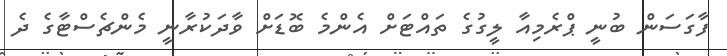
ފާގަސަން ބުނީ ޕްރެމިއާ ލީގުގެ ތައްޓަށް އެންމެ ބޮޑަށް ވާދަކުރާނީ މެންޗެސްޓާގެ ދެ